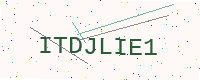
Text: ITDJLIE1